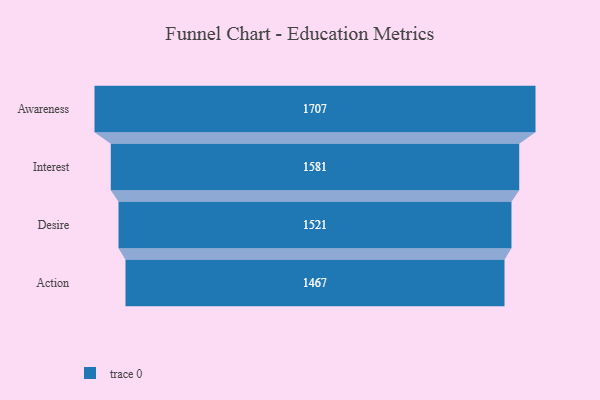
{"axis": {"x": "Stage", "y": "Value"}, "legend": [""], "data": [{"x": "Awareness", "y": 1707.0, "type": ""}, {"x": "Interest", "y": 1581.0, "type": ""}, {"x": "Desire", "y": 1521.0, "type": ""}, {"x": "Action", "y": 1467.0, "type": ""}]}